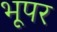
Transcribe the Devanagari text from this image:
भूपर